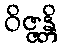
ဝိဇ္ဇန္တိ